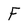
Character: F